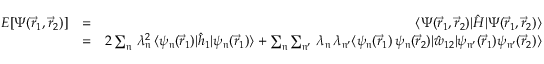
\begin{array} { r l r } { E [ \Psi ( \vec { r } _ { 1 } , \vec { r } _ { 2 } ) ] } & { = } & { \langle \Psi ( \vec { r } _ { 1 } , \vec { r } _ { 2 } ) | \hat { H } | \Psi ( \vec { r } _ { 1 } , \vec { r } _ { 2 } ) \rangle } \\ & { = } & { 2 \sum _ { \mathfrak { n } } \, \lambda _ { \mathfrak { n } } ^ { 2 } \, \langle \psi _ { \mathfrak { n } } ( \vec { r } _ { 1 } ) | \hat { h } _ { 1 } | \psi _ { \mathfrak { n } } ( \vec { r } _ { 1 } ) \rangle + \sum _ { \mathfrak { n } } \sum _ { \mathfrak { n ^ { \prime } } } \, \lambda _ { \mathfrak { n } } \, \lambda _ { \mathfrak { n ^ { \prime } } } \langle \psi _ { \mathfrak { n } } ( \vec { r } _ { 1 } ) \, \psi _ { \mathfrak { n } } ( \vec { r } _ { 2 } ) | \hat { w } _ { 1 2 } | \psi _ { \mathfrak { n ^ { \prime } } } ( \vec { r } _ { 1 } ) \psi _ { \mathfrak { n ^ { \prime } } } ( \vec { r } _ { 2 } ) \rangle } \end{array}